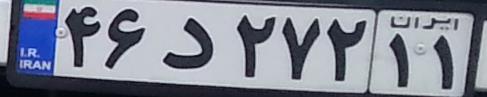
۴۶د۲۷۲۱۱